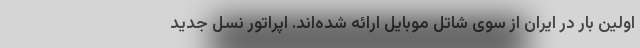
اولین بار در ایران از سوی شاتل موبایل ارائه شده‌اند. اپراتور نسل جدید